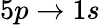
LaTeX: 5p\to 1s